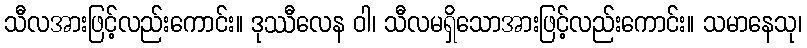
သီလအားဖြင့်လည်းကောင်း။ ဒုဿီလေန ဝါ၊ သီလမရှိသောအားဖြင့်လည်းကောင်း။ သမာနေသု၊